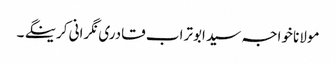
مولانا خواجہ سید ابوتراب قادری نگرانی کرینگے ۔